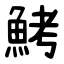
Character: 鮳